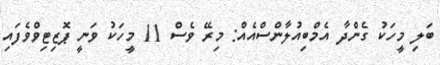
ބަލި މީހަކު ގެންދާ އެމްބިއުލާންސްއެއް: މިރޭ ވެސް 11 މީހަކު ވަނީ ޕޮޒިޓިވްވެފައި